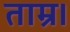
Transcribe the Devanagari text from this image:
ताम्र।